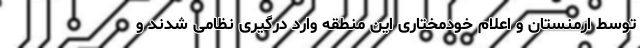
توسط ارمنستان و اعلام خودمختاری این منطقه وارد درگیری نظامی شدند و